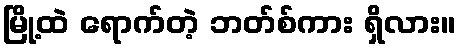
မြို့ထဲ ရောက်တဲ့ ဘတ်စ်ကား ရှိလား။